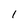
Character: 1